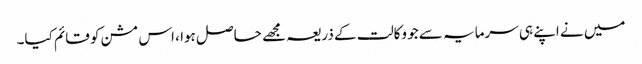
میں نے اپنے ہی سرمایہ سے جو وکالت کے ذریعہ مجھے حاصل ہوا ، اس مشن کو قائم کیا۔